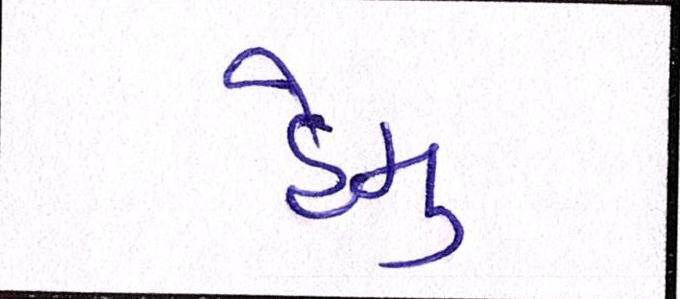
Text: હેમુ